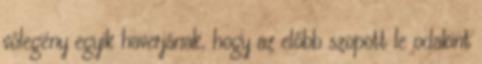
vőlegény egyik haverjának, hogy az előbb szopott le odakint